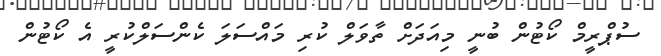
ސުޕްރީމް ކޯޓުން ބުނީ މިއަދަށް ތާވަލް ކުރި މައްސަލަ ކެންސަލްކުރީ އެ ކޯޓުން